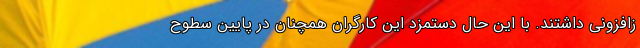
زافزونی داشتند. با این حال دستمزد این کارگران همچنان در پایین سطوح